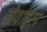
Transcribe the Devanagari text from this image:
सेवाइल